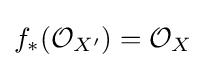
f_{*}({\mathcal {O}}_{X'})={\mathcal {O}}_{X}